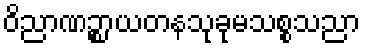
ဝိညာဏဉ္စာယတနသုခုမသစ္စသညာ